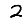
Digit: 2